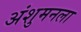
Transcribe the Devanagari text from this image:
अंशुमनला